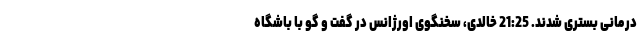
درمانى بسترى شدند. 21:25 خالدی، سخنگوی اورژانس در گفت و گو با باشگاه